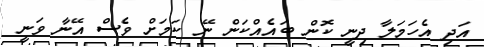
އަދި އެހަމަލާ ދިނީ ކޮން ބައެއްކަން ނޭ ކަމަށް ވެސް އޭނާ ވަނީ